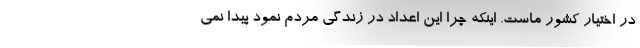
در اختیار کشور ماست. اینکه چرا این اعداد در زندگی مردم نمود پیدا نمی­